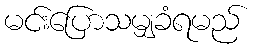
မင်းပြောသမျှခံရမည်